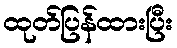
ထုတ်ပြန်ထားပြီး